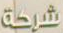
شركة